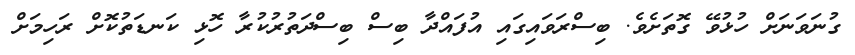
ގުނަވަނަށް ހުޅުވޭ ގޮތަށެވެ. ބިސްރަވައިގައި އުފައްދާ ބިސް ބިސްދަތުރުކުރާ ހޮޅި ކަނޑަތުކޮށް ރަހިމަށް